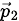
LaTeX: \scriptstyle{\vec{p}}_{2}